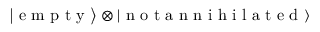
\left| \textrm { e m p t y } \right\rangle \otimes \left| \textrm { n o t a n n i h i l a t e d } \right\rangle